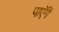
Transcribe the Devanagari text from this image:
पाएॅगें